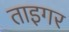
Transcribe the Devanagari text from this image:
ताइगर